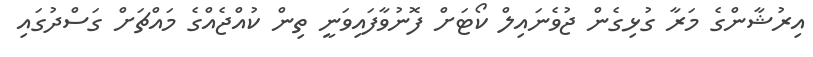
އިރުޝާންގެ މަރާ ގުޅިގެން ޖުވެނައިލް ކޯޓަށް ފޮނުވާފައިވަނީ ތިން ކުއްޖެއްގެ މައްޗަށް ގަސްދުގައި